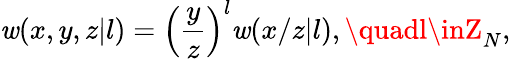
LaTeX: \mathit{w}(x,y,z|l)={\Bigl(}{\frac{{y}}{{z}}}{\Bigr)}^{l}\mathit{w}(x/z|l),\quadl\inZ_{N},